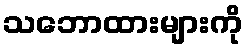
သဘောထားများကို